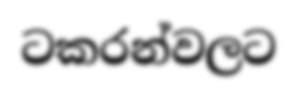
ටකරන්වලට